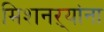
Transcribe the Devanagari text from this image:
मिशनऱ्यांना